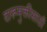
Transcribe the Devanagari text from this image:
दारूमुक्तीसाठी